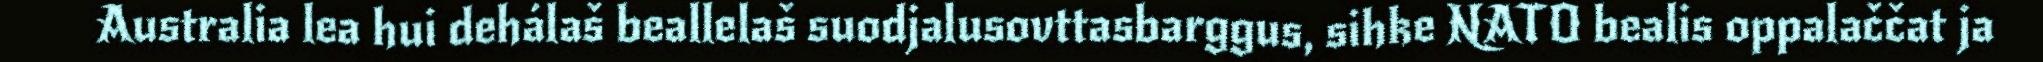
Australia lea hui dehálaš beallelaš suodjalusovttasbarggus, sihke NATO bealis oppalaččat ja